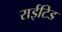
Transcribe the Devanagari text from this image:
राईटिड